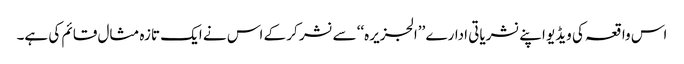
اس واقعہ کی ویڈیو اپنے نشریاتی ادارے ’’الجزیرہ‘‘ سے نشر کر کے اس نے ایک تازہ مثال قائم کی ہے۔